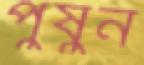
পুষুন